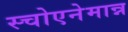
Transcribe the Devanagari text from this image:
स्चोएनेमान्न